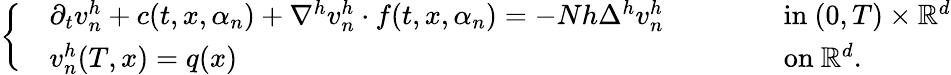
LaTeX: \left\{ \begin{array}{rlrl}&{\partial_{t}v_{n}^{h}+c(t,x,\alpha_{n})+\nabla^{h}v_{n}^{h}\cdot f(t,x,\alpha_{n})=-Nh\Delta^{h}v_{n}^{h}\qquad}&&{\mathrm{~in~}(0,T)\times{\mathbb{R}}^{d}}\\ &{v_{n}^{h}(T,x)=q(x)\qquad}&&{\mathrm{~on~}{\mathbb{R}}^{d}.}\end{array}\right.